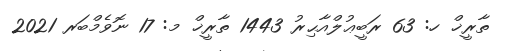
ތާރީޚް ހ: 63 ރަބީޢުލްއާޙިރު 1443 ތާރީޚް މ: 17 ނޮވެމްބަރ 2021